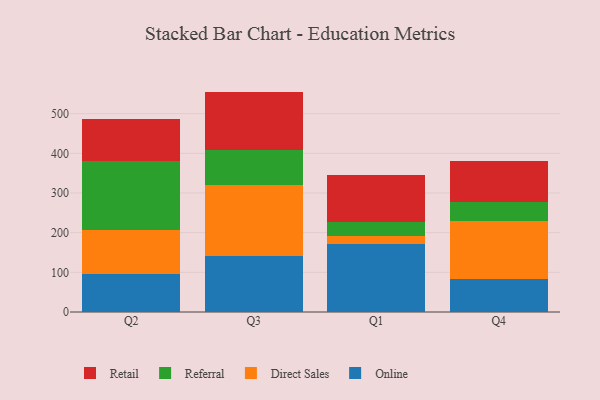
{"axis": {"x": "Quarter", "y": "Shipments"}, "legend": ["Direct Sales", "Online", "Referral", "Retail"], "data": [{"x": "Q2", "y": 96.1, "type": "Online"}, {"x": "Q2", "y": 109.5, "type": "Direct Sales"}, {"x": "Q2", "y": 174.7, "type": "Referral"}, {"x": "Q2", "y": 106.6, "type": "Retail"}, {"x": "Q3", "y": 141.6, "type": "Online"}, {"x": "Q3", "y": 178.5, "type": "Direct Sales"}, {"x": "Q3", "y": 88.7, "type": "Referral"}, {"x": "Q3", "y": 146.8, "type": "Retail"}, {"x": "Q1", "y": 171.1, "type": "Online"}, {"x": "Q1", "y": 19.9, "type": "Direct Sales"}, {"x": "Q1", "y": 36.2, "type": "Referral"}, {"x": "Q1", "y": 118.4, "type": "Retail"}, {"x": "Q4", "y": 84.3, "type": "Online"}, {"x": "Q4", "y": 145.2, "type": "Direct Sales"}, {"x": "Q4", "y": 48.3, "type": "Referral"}, {"x": "Q4", "y": 102.6, "type": "Retail"}]}